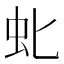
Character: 𫊤